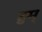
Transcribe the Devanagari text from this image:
हुम्